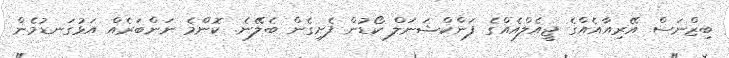
ބިޒްނަސް އޭރިއާއެއްގެ ޖީއެލްއެއްގެ ފަންކްޝަނަލް ކޯޑުން ފެށިގެން ބެލޭނެ. ކޮންމެ ނަންބަރެއް އަޅުގަނޑުމެން